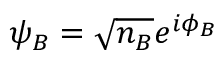
\psi _ { B } = { \sqrt { n _ { B } } } e ^ { i \phi _ { B } }